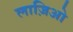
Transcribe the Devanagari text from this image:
लाज़िओ